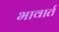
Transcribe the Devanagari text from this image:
भावार्त